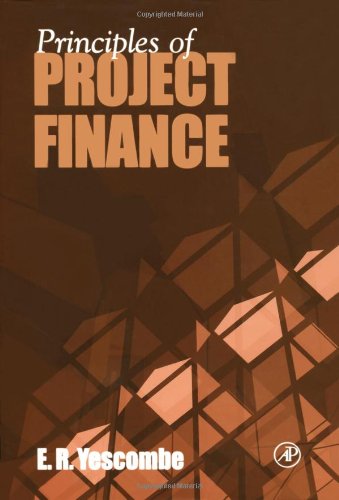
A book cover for Principles of Project Finance; E.R. Yescombe; Business & Money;